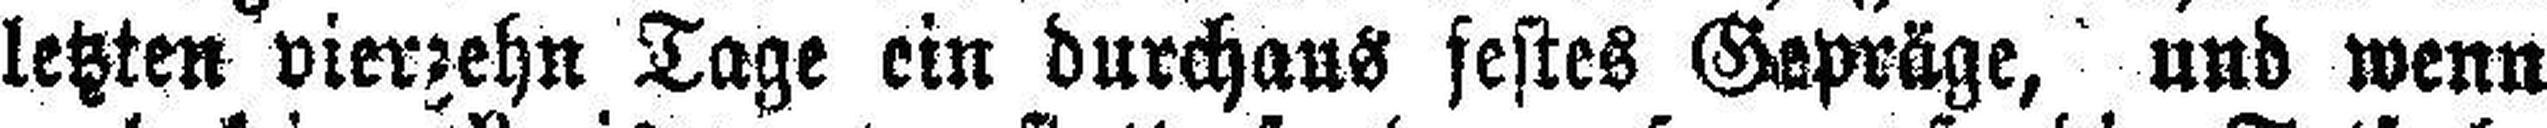
letzten vierzehn Tage ein durchaus festes Gepräge, und wenn